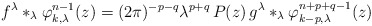
\begin{align*} f^\lambda \ast_\lambda \varphi_{k,\lambda}^{n-1}(z) = (2\pi)^{-p-q} \lambda^{p+q}\, P(z) \, g^\lambda \ast_\lambda \varphi_{k-p,\lambda}^{n+p+q-1}(z) \end{align*}